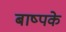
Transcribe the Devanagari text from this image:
बाष्पके